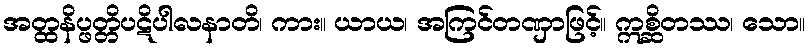
အတ္ထနိပ္ဖတ္တိပဋိပါလနာတိ၊ ကား။ ယာယ၊ အကြင်တဏှာဖြင့်။ ဣစ္ဆိတဿ၊ သော။